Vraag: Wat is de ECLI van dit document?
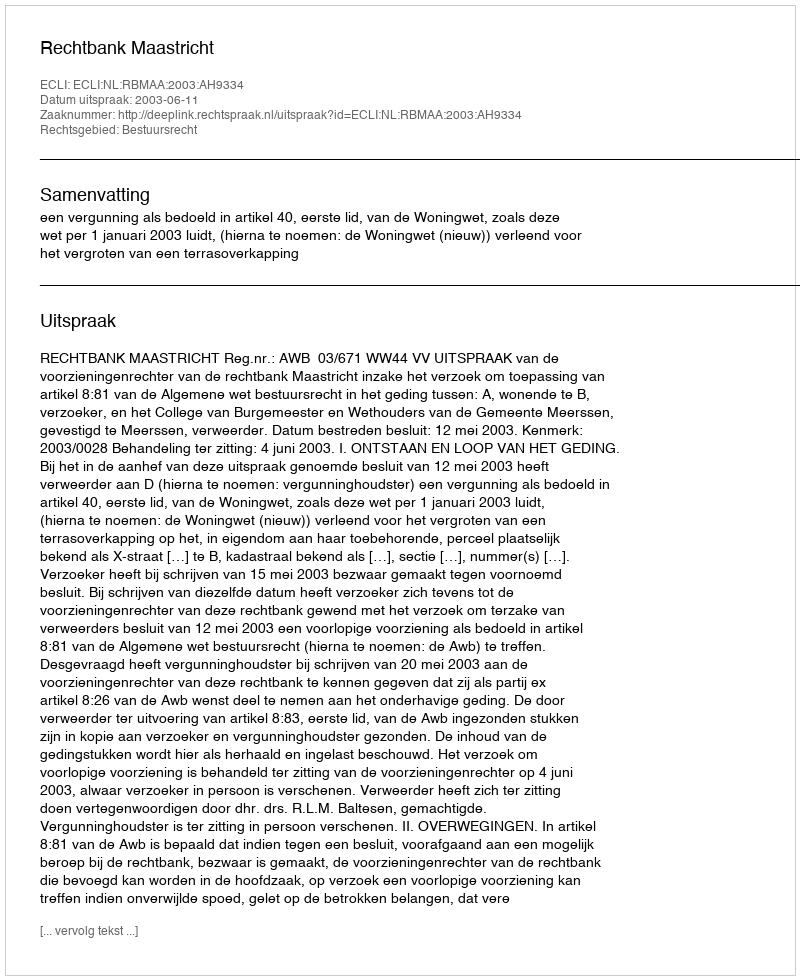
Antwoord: ECLI:NL:RBMAA:2003:AH9334